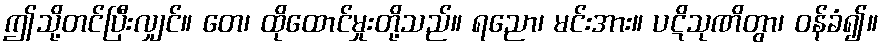
ဤသို့တင်ပြီးလျှင်။ တေ၊ ထိုထောင်မှုးတို့သည်။ ရညော၊ မင်းအား။ ပဋိသုဏိတွာ၊ ဝန်ခံ၍။